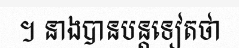
។ នាងបានបន្តទៀតថា